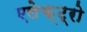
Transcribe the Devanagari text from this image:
एलेक्ट्रो